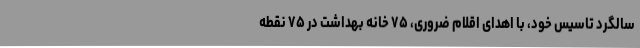
سالگرد تاسیس خود، با اهدای اقلام ضروری، ۷۵ خانه بهداشت در ۷۵ نقطه